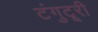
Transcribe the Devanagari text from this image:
टंगुटूरी